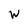
Character: W